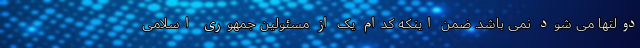
دولتها می شود نمی باشد. ضمن اینکه کدام یک از مسئولین جمهوری اسلامی